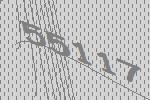
55117